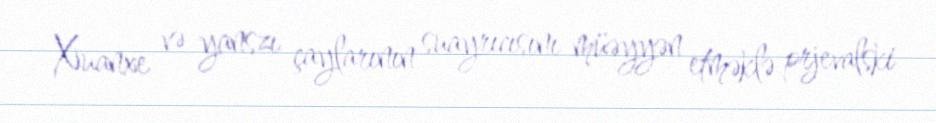
Xuanxe və yanszı çaylarının suayrıcısını müəyyən etməklə prjevalski